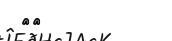
٧٣